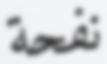
نفحة